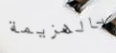
بالهزيمة